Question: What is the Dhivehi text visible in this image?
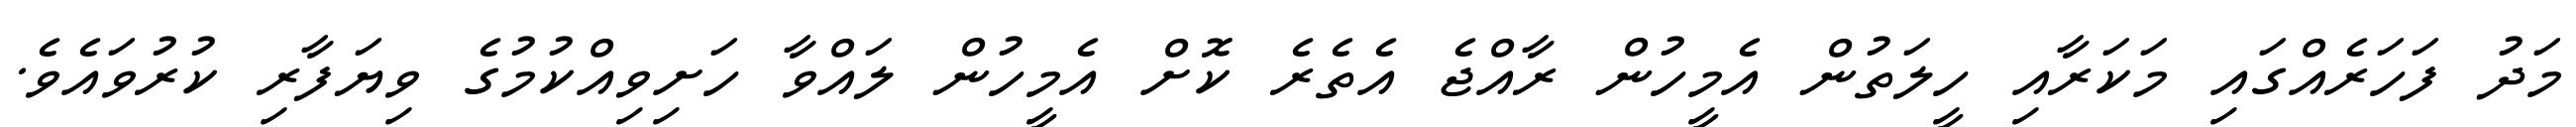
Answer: މަދު ފަހަރެއްގައި މަކަރާއި ހީލަތުން އެމީހުން ރާއްޖެ އެތެރެ ކޮށް އެމީހުން ލައްވާ ހަށިވިއްކުމުގެ ވިޔަފާރި ކުރުވައެވެ.